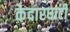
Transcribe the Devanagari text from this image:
केदारघाटी